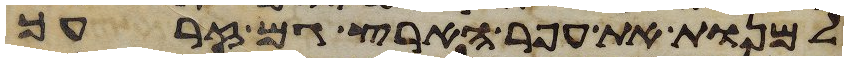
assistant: למנות את עפר הארץ גם זרעך